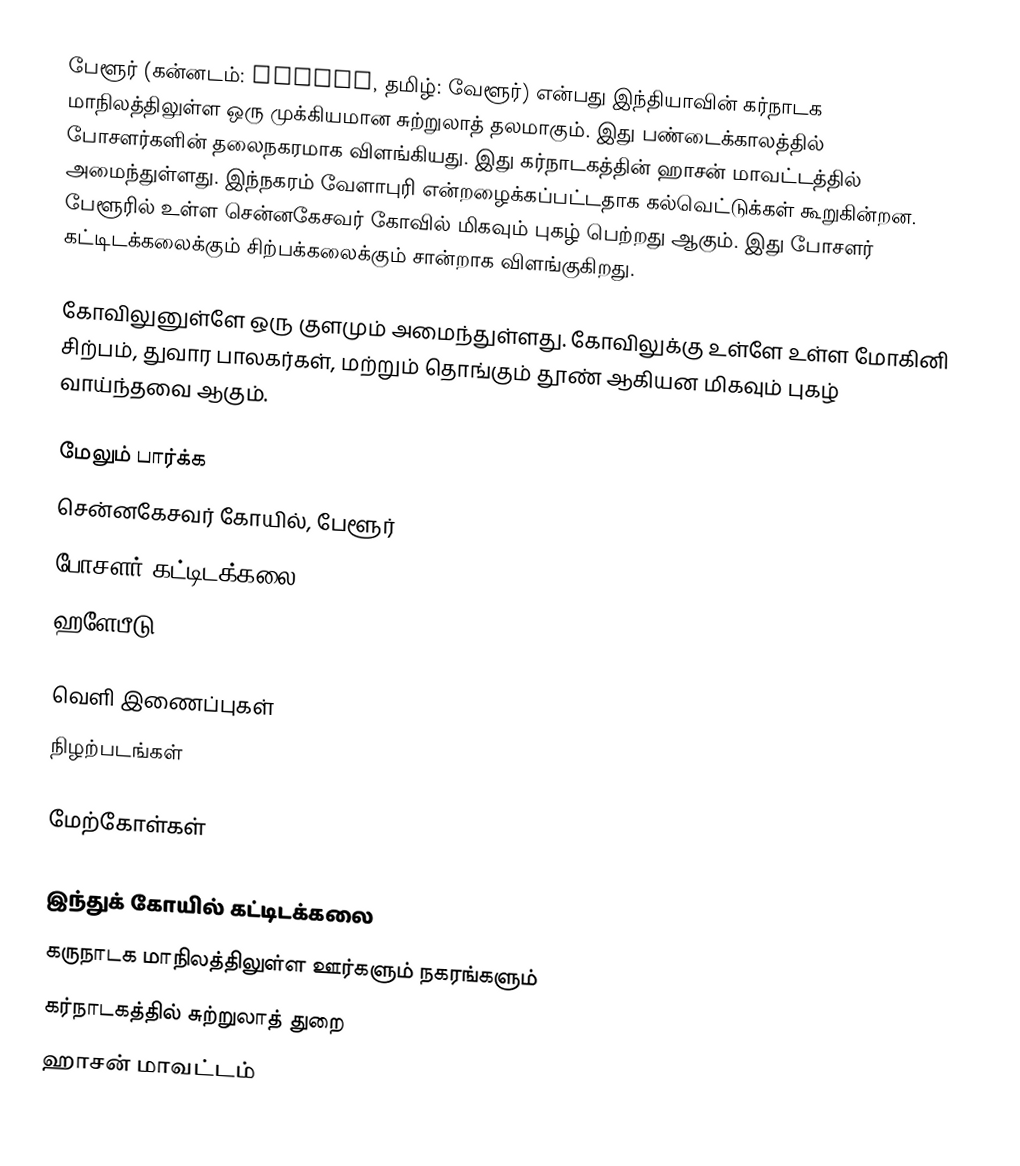
பேளூர் (கன்னடம்: ಬೇಲೂರು, தமிழ்: வேளூர்) என்பது இந்தியாவின் கர்நாடக மாநிலத்திலுள்ள ஒரு முக்கியமான சுற்றுலாத் தலமாகும். இது பண்டைக்காலத்தில் போசளர்களின் தலைநகரமாக விளங்கியது. இது கர்நாடகத்தின் ஹாசன் மாவட்டத்தில் அமைந்துள்ளது. இந்நகரம் வேளாபுரி என்றழைக்கப்பட்டதாக கல்வெட்டுக்கள் கூறுகின்றன. பேளூரில் உள்ள சென்னகேசவர் கோவில் மிகவும் புகழ் பெற்றது ஆகும். இது போசளர் கட்டிடக்கலைக்கும் சிற்பக்கலைக்கும் சான்றாக விளங்குகிறது.

கோவிலுனுள்ளே ஒரு குளமும் அமைந்துள்ளது. கோவிலுக்கு உள்ளே உள்ள மோகினி சிற்பம், துவார பாலகர்கள், மற்றும் தொங்கும் தூண் ஆகியன மிகவும் புகழ் வாய்ந்தவை ஆகும்.

மேலும் பார்க்க
 சென்னகேசவர் கோயில், பேளூர்
 போசளர் கட்டிடக்கலை
 ஹளேபீடு

வெளி இணைப்புகள்
நிழற்படங்கள்

மேற்கோள்கள்

இந்துக் கோயில் கட்டிடக்கலை
கருநாடக மாநிலத்திலுள்ள ஊர்களும் நகரங்களும்
கர்நாடகத்தில் சுற்றுலாத் துறை
ஹாசன் மாவட்டம்